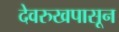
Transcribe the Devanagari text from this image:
देवरुखपासून